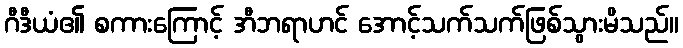
ဂီဒီယံ၏ စကားကြောင့် အီဘရာဟင် အောင့်သက်သက်ဖြစ်သွားမိသည်။